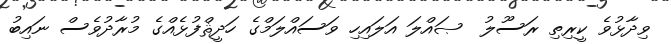
ވިދާޅުވެ ކީރިތި ރަސޫލު  ޞައްލަ އަލައިހި ވަސައްލަމްގެ ހަދީޘްފުޅެއްގެ މުރާދުވެސް ނައިބު